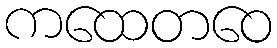
ကထေတဝေ